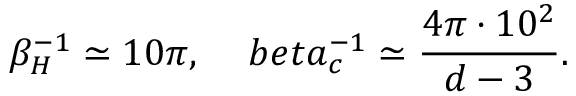
\beta _ { H } ^ { - 1 } \simeq 1 0 \pi , \ \ \ \, b e t a _ { c } ^ { - 1 } \simeq \frac { 4 \pi \cdot 1 0 ^ { 2 } } { d - 3 } .